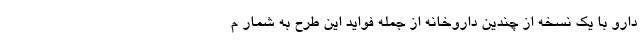
دارو با یک نسخه از چندین داروخانه از جمله فواید این طرح به شمار م